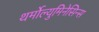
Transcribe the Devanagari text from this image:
थर्मोल्युमिनेसिन्स